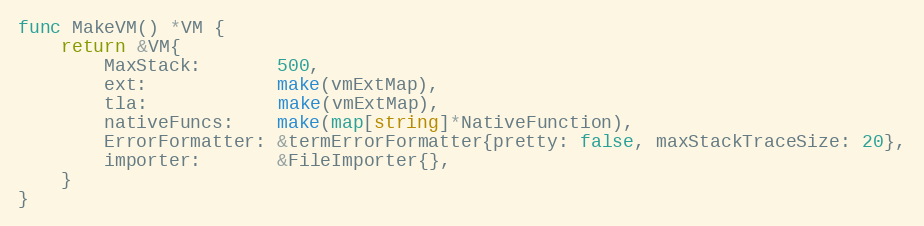
Language: Go
func MakeVM() *VM {
	return &VM{
		MaxStack:       500,
		ext:            make(vmExtMap),
		tla:            make(vmExtMap),
		nativeFuncs:    make(map[string]*NativeFunction),
		ErrorFormatter: &termErrorFormatter{pretty: false, maxStackTraceSize: 20},
		importer:       &FileImporter{},
	}
}